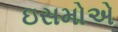
ઇસમોએ